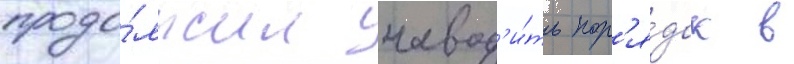
продо́лжил навод'и́ть пор'я́док в